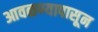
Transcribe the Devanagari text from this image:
आवळण्यापासून